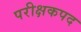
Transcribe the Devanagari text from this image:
परीक्षकपद